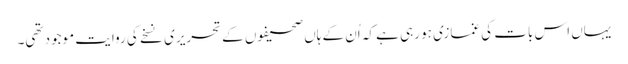
یہاں اس بات کی غمازی ہو رہی ہے کہ اُن کے ہاں صحیفوں کے تحریری نسخے کی روایت موجود تھی۔